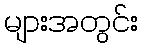
များအတွင်း